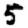
Digit: 5